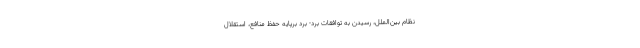
نظام بین‌الملل، رسیدن به توافقات برد- برد برپایه حفظ منافع، استقلال